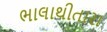
ભાલાથીતારા